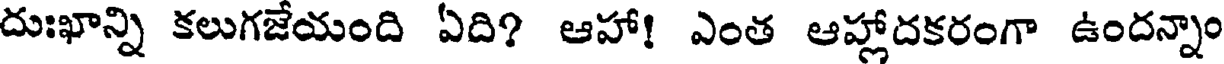
దుఃఖాన్ని కలుగజేయంది ఏది? ఆహా! ఎంత ఆహ్లాదకరంగా ఉందన్నాం